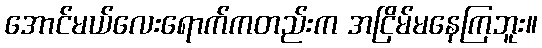
အောင်မယ်လေးရောက်ကတည်းက အငြိမ်မနေကြဘူး။